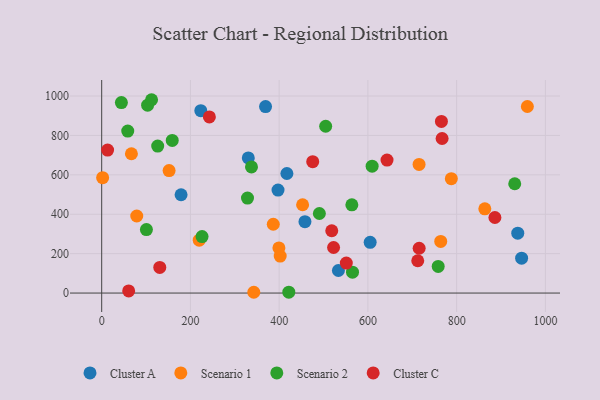
{"axis": {"x": "Investment", "y": "Demand"}, "legend": ["Cluster A", "Cluster C", "Scenario 1", "Scenario 2"], "data": [{"x": "605.1", "y": 257.5, "type": "Cluster A"}, {"x": "178.9", "y": 498.9, "type": "Cluster A"}, {"x": "937.7", "y": 303.8, "type": "Cluster A"}, {"x": "223.4", "y": 925.6, "type": "Cluster A"}, {"x": "369.3", "y": 946.5, "type": "Cluster A"}, {"x": "946.4", "y": 177.1, "type": "Cluster A"}, {"x": "397.4", "y": 522.6, "type": "Cluster A"}, {"x": "330.4", "y": 685.7, "type": "Cluster A"}, {"x": "533.5", "y": 114.5, "type": "Cluster A"}, {"x": "458.1", "y": 362.1, "type": "Cluster A"}, {"x": "417.4", "y": 606.8, "type": "Cluster A"}, {"x": "715.3", "y": 652.6, "type": "Scenario 1"}, {"x": "402.3", "y": 187.7, "type": "Scenario 1"}, {"x": "67.0", "y": 707.0, "type": "Scenario 1"}, {"x": "452.8", "y": 448.2, "type": "Scenario 1"}, {"x": "863.5", "y": 427.3, "type": "Scenario 1"}, {"x": "151.9", "y": 621.7, "type": "Scenario 1"}, {"x": "788.0", "y": 580.6, "type": "Scenario 1"}, {"x": "342.8", "y": 4.0, "type": "Scenario 1"}, {"x": "79.0", "y": 391.2, "type": "Scenario 1"}, {"x": "386.7", "y": 349.3, "type": "Scenario 1"}, {"x": "764.1", "y": 262.2, "type": "Scenario 1"}, {"x": "219.8", "y": 268.5, "type": "Scenario 1"}, {"x": "399.4", "y": 228.9, "type": "Scenario 1"}, {"x": "2.1", "y": 585.4, "type": "Scenario 1"}, {"x": "959.4", "y": 946.9, "type": "Scenario 1"}, {"x": "490.6", "y": 403.9, "type": "Scenario 2"}, {"x": "504.8", "y": 846.6, "type": "Scenario 2"}, {"x": "103.5", "y": 953.6, "type": "Scenario 2"}, {"x": "609.5", "y": 643.8, "type": "Scenario 2"}, {"x": "421.7", "y": 4.5, "type": "Scenario 2"}, {"x": "337.6", "y": 640.4, "type": "Scenario 2"}, {"x": "100.8", "y": 322.4, "type": "Scenario 2"}, {"x": "930.9", "y": 554.8, "type": "Scenario 2"}, {"x": "44.4", "y": 966.5, "type": "Scenario 2"}, {"x": "58.7", "y": 821.9, "type": "Scenario 2"}, {"x": "563.8", "y": 448.0, "type": "Scenario 2"}, {"x": "126.2", "y": 746.0, "type": "Scenario 2"}, {"x": "226.2", "y": 286.9, "type": "Scenario 2"}, {"x": "565.3", "y": 106.2, "type": "Scenario 2"}, {"x": "758.4", "y": 135.2, "type": "Scenario 2"}, {"x": "112.4", "y": 981.2, "type": "Scenario 2"}, {"x": "159.0", "y": 774.8, "type": "Scenario 2"}, {"x": "328.6", "y": 482.0, "type": "Scenario 2"}, {"x": "886.2", "y": 383.6, "type": "Cluster C"}, {"x": "765.7", "y": 870.9, "type": "Cluster C"}, {"x": "475.6", "y": 666.9, "type": "Cluster C"}, {"x": "13.3", "y": 725.6, "type": "Cluster C"}, {"x": "518.5", "y": 316.2, "type": "Cluster C"}, {"x": "712.3", "y": 163.9, "type": "Cluster C"}, {"x": "551.3", "y": 152.1, "type": "Cluster C"}, {"x": "643.1", "y": 674.7, "type": "Cluster C"}, {"x": "130.9", "y": 130.0, "type": "Cluster C"}, {"x": "60.8", "y": 11.0, "type": "Cluster C"}, {"x": "522.6", "y": 231.3, "type": "Cluster C"}, {"x": "715.5", "y": 227.4, "type": "Cluster C"}, {"x": "242.7", "y": 894.1, "type": "Cluster C"}, {"x": "767.2", "y": 784.5, "type": "Cluster C"}]}